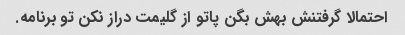
احتمالا گرفتنش بهش بگن پاتو از گلیمت دراز نکن تو برنامه.